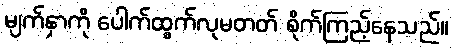
မျက်နှာကို ပေါက်ထွက်လုမတတ် စိုက်ကြည့်နေသည်။